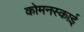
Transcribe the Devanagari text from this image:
कोमनस्काई